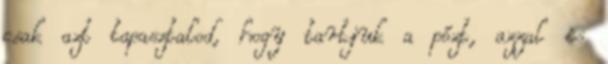
csak azt tapasztalod, hogy tartjuk a pózt, azzal is